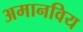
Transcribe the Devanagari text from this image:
अमानविय